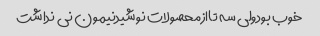
خوب بودولی سه تاازمحصولات نوشیدنیمون نی نداشت